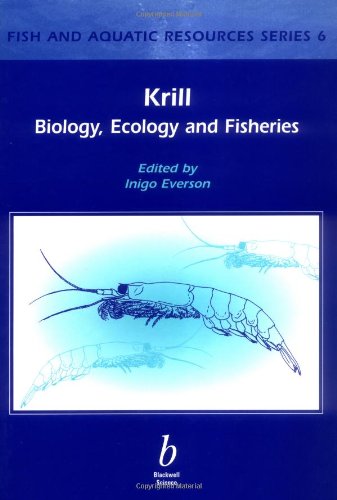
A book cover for Krill: Biology, Ecology and Fisheries; Sports & Outdoors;